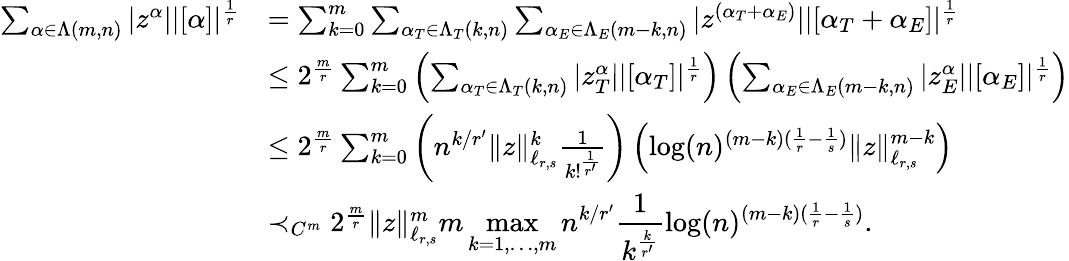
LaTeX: \begin{array}{rl}{\sum_{\alpha\in\Lambda(m,n)}|z^{\alpha}||[\alpha]|^{\frac{1}{r}}}&{=\sum_{k=0}^{m}\sum_{\alpha_{T}\in\Lambda_{T}(k,n)}\sum_{\alpha_{E}\in\Lambda_{E}(m-k,n)}|z^{(\alpha_{T}+\alpha_{E})}||[\alpha_{T}+\alpha_{E}]|^{\frac{1}{r}}}\\ &{\leq 2^{\frac{m}{r}}\sum_{k=0}^{m}\left(\sum_{\alpha_{T}\in\Lambda_{T}(k,n)}|z_{T}^{\alpha}||[\alpha_{T}]|^{\frac{1}{r}}\right)\left(\sum_{\alpha_{E}\in\Lambda_{E}(m-k,n)}|z_{E}^{\alpha}||[\alpha_{E}]|^{\frac{1}{r}}\right)}\\ &{\leq 2^{\frac{m}{r}}\sum_{k=0}^{m}\left(n^{k/r^{\prime}}\| z\| _{\ell_{r,s}}^{k}\frac{1}{k!^{\frac{1}{r^{\prime}}}}\right)\left(\log(n)^{(m-k)(\frac{1}{r}-\frac{1}{s})}\| z\| _{\ell_{r,s}}^{m-k}\right)}\\ &{\prec_{C^{m}}2^{\frac{m}{r}}\| z\| _{\ell_{r,s}}^{m}m\displaystyle\operatorname*{max}_{k=1,\ldots,m}n^{k/r^{\prime}}\frac{1}{k^{\frac{k}{r^{\prime}}}}\log(n)^{(m-k)(\frac{1}{r}-\frac{1}{s})}.}\end{array}